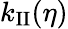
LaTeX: k_{\mathrm{II}}(\eta)